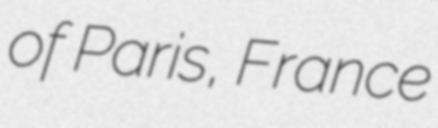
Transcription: of Paris, France